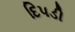
દિપડી